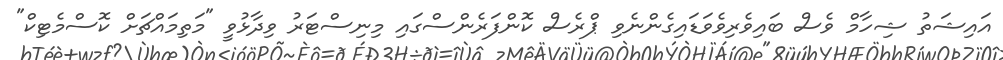
އައިޝަތު ޝިހާމް ވެސް ބައިވެރިވެވަޑައިގެންނެވި ޕްރެސް ކޮންފަރެންސްގައި މިނިސްޓަރު ވިދާޅުވީ "މަތިމައްޗަށް ކޮސްމެޓިކް"